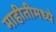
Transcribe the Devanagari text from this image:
माहीतीमध्ये